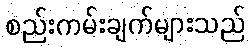
စည်းကမ်းချက်များသည်